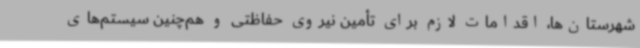
شهرستان‌ها، اقدامات لازم برای تأمین نیروی حفاظتی و هم‌چنین سیستم‌های